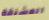
المشنقة